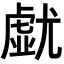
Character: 𡰐